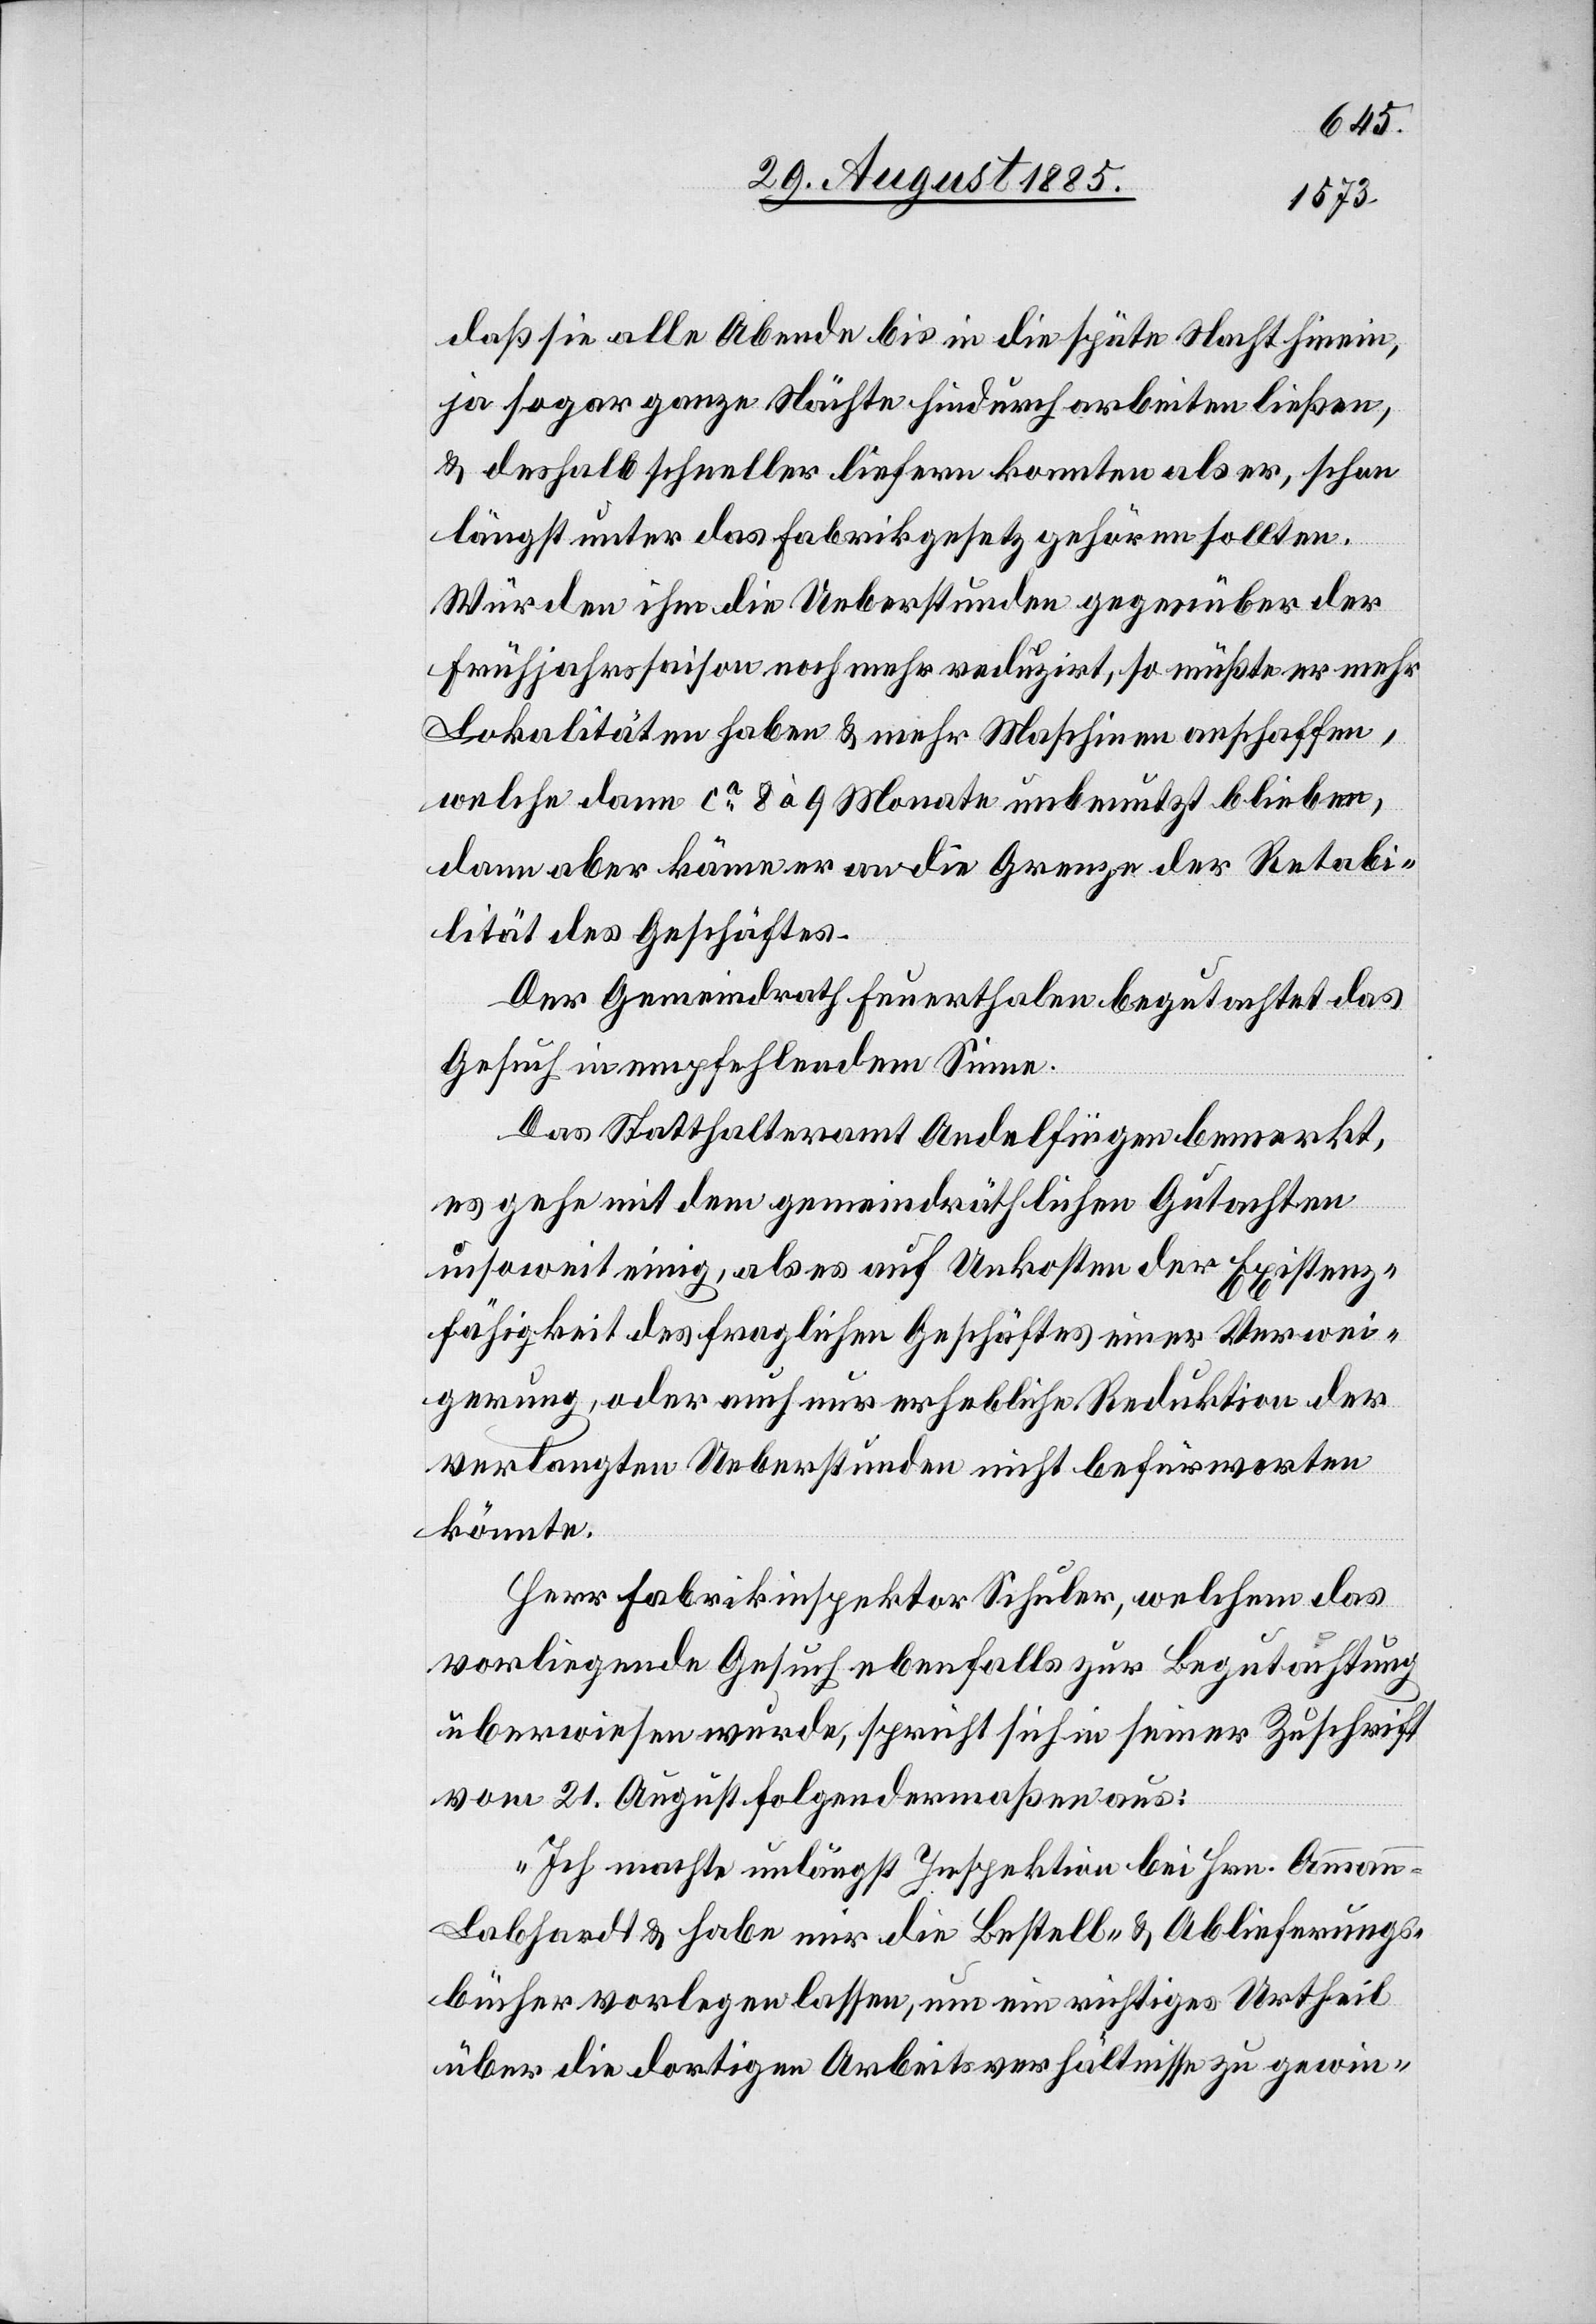
daß sie alle Abende bis in die späte Nacht hinein,
ja sogar ganze Nächte hindurch arbeiten ließen,
& deshalb schneller liefern konnten aber, schon
längst unter das Fabrikgesetz gehören sollten.
Würden ihm die Ueberstunden gegenüber der
Frühjahressaison noch mehr reduzirt, so müßte er mehr
Lokalitäten haben & mehr Maschinen anschaffen,
welche dann ca 8 à 9 Monate unbenutzt blieben,
dann aber käme er an die Grenze der Re[n]tabi¬
lität des Geschäftes.
Der Gemeindrath Feuerthalen begutachtet das
Gesuch in empfehlendem Sinne.
Das Statthalteramt Andelfingen bemerkt,
es gehe mit dem gemeindräthlichen Gutachten
insoweit einig, als es auf Unkosten der Existenz¬
fähigkeit des fraglichen Geschäftes eine Verwei¬
gerung, oder auch nur erhebliche Reduktion der
verlangten Ueberstunden nicht befürworten
könnte.
Herr Fabrikinspektor Schuler, welchem das
vorliegende Gesuch ebenfalls zur Begutachtung
überwiesen wurde, spricht sich in seiner Zuschrift
vom 21. August folgendermaßen aus:
„Ich machte unlängst Inspektion bei Hrn. Amman¬
n-Labhardt & habe mir die Bestell- & Ablieferungs¬
bücher vorlegen lassen, um ein richtiges Urtheil
über die dortigen Arbeitsverhältnisse zu gewin-